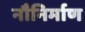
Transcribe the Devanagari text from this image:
नौनिर्माण